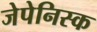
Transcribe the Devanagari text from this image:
जेपेनिस्क